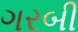
ગરબી